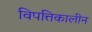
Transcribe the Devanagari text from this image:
विपत्तिकालीन